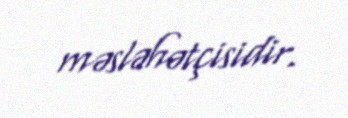
məsləhətçisidir.